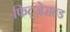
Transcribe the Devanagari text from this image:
फिट्ज़ेराल्ड